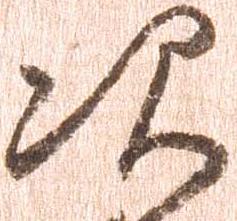
次